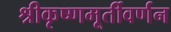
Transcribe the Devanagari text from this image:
श्रीकृष्णमूर्तीवर्णन